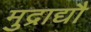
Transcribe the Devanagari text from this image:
मुद्राद्यौ